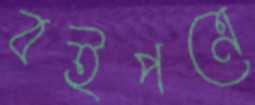
বইপত্রে